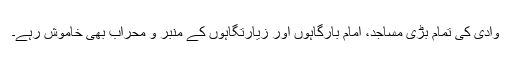
وادی کی تمام بڑی مساجد، امام بارگاہوں اور زیارتگاہوں کے منبر و محراب بھی خاموش رہے۔